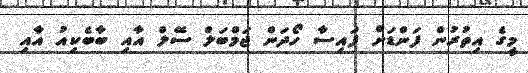
މީގެ އިތުރުން ފަންޑަށް ފައިސާ ހޯދަން ޖަމްބަލް ސޭލް އާއި ބާބެކިއު އާއި